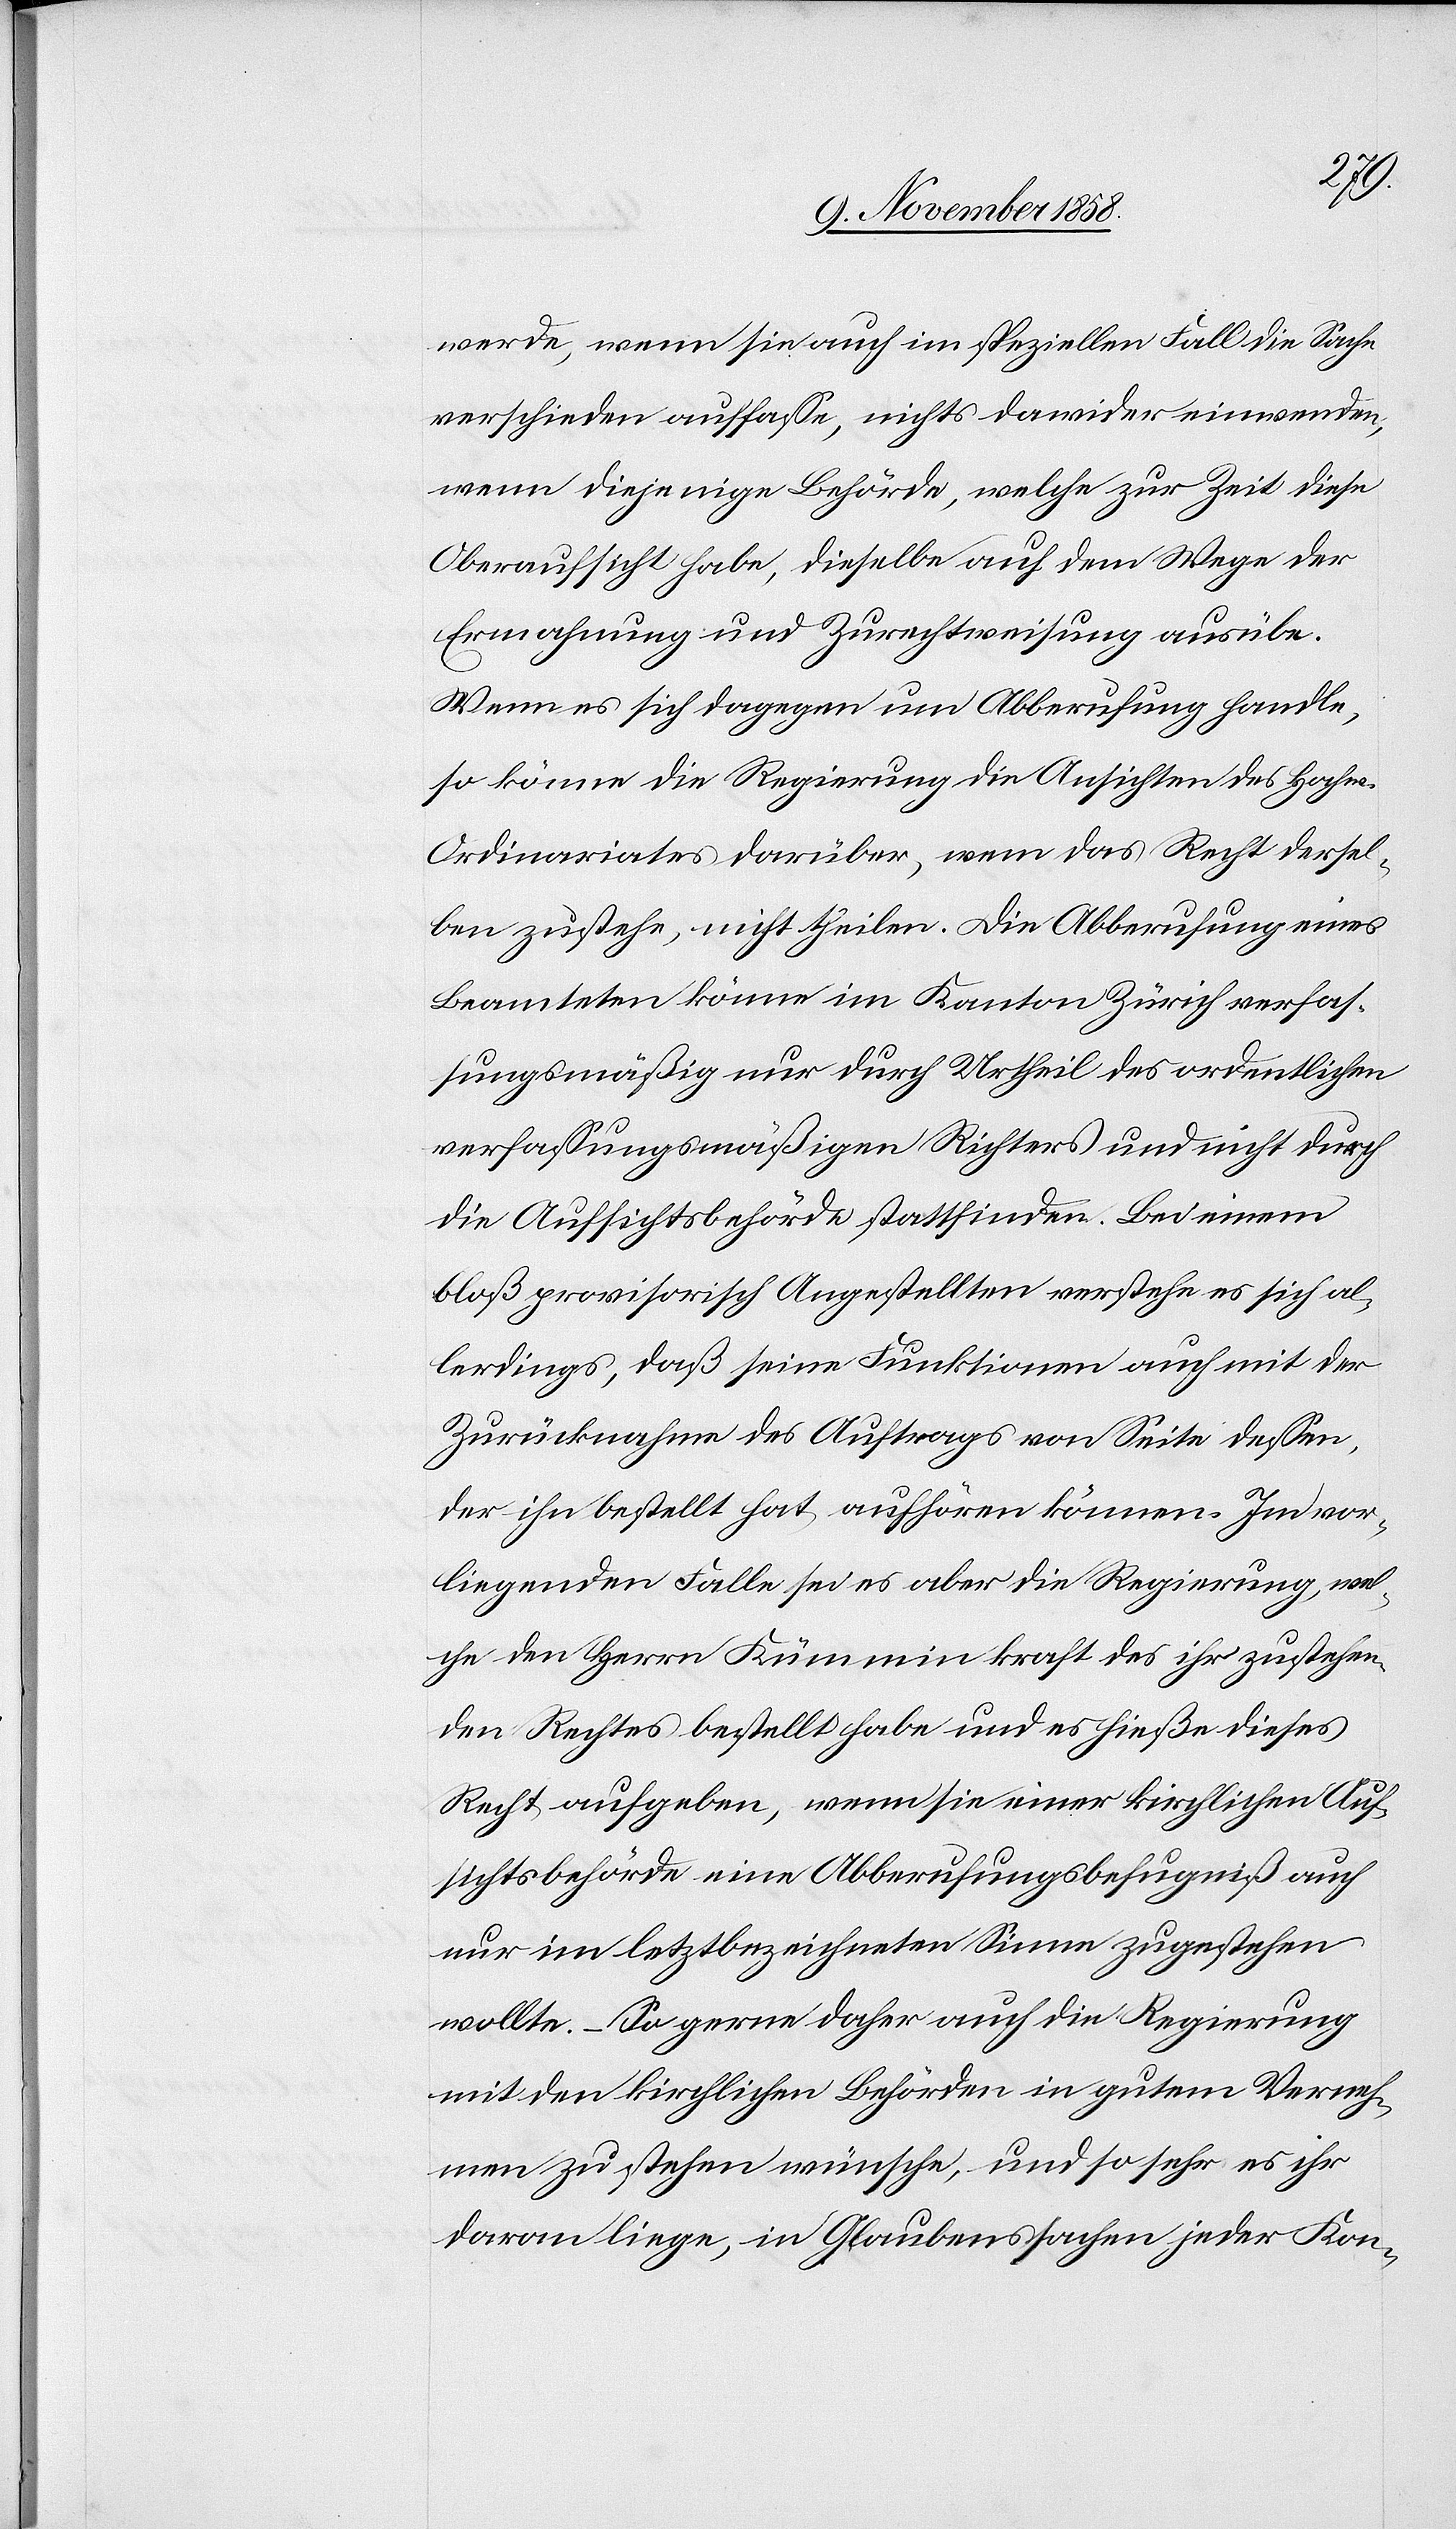
werde, wenn sie auch im speziellen Fall die Sache
verschieden auffasse, nichts dawider einwenden,
wenn diejenige Behörde, welche zur Zeit diese
Oberaufsicht habe, dieselbe auf dem Wege der
Ermahnung und Zurechtweisung ausübe.
Wenn es sich dagegen um Abberufung handle,
so könne die Regierung die Ansichten des Hochw.
Ordinariates darüber, wem das Recht dersel¬
ben zustehe, nicht theilen. Die Abberufung eines
Beamteten könne im Kanton Zürich verfas¬
sungsmäßig nur durch Urtheil des ordentlichen
verfassungsmäßigen Richters und nicht durch
die Aufsichtsbehörde stattfinden. Bei einem
bloß provisorisch Angestellten verstehe es sich al¬
lerdings, daß seine Funktionen auch mit der
Zurücknahme des Auftrags von Seite dessen,
der ihn bestellt hat, aufhören können. Im vor¬
liegenden Falle sei es aber die Regierung, wel¬
che den Herrn Kümmin kraft des ihr zustehen¬
den Rechtes bestellt habe und es hieße dieses
Recht aufgeben, wenn sie einer kirchlichen Auf¬
sichtsbehörde eine Abberufungsbefugniß auch
nur im letztbezeichneten Sinne zugestehen
wollte. – So gerne daher auch die Regierung
mit den kirchlichen Behörden in gutem Verneh¬
men zu stehen wünsche, und so sehr es ihr
daran liege, in Glaubenssachen jeder Kon-